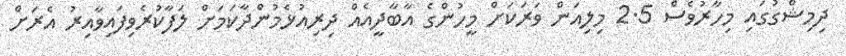
ދިމިޝްގުގައި މިހާރުވެސް 2.5 މިލިއަން ވަރަކަށް މީހުންގެ އާބާދީއެއް ދިރިއުޅެމުންދާކަމަށް ލަފާކުރެވިފައިވާއިރު އެރަށް